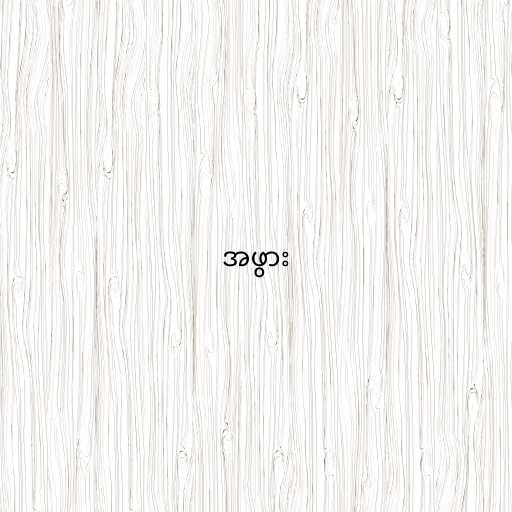
အဖွား